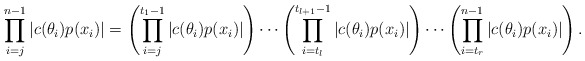
\begin{align*}\prod \limits_{i=j}^{n-1} |c(\theta_i)p(x_i)| = \left( \prod \limits_{i=j}^{t_1 - 1} |c(\theta_i)p(x_i)| \right) \cdots\left( \prod \limits_{i=t_l}^{t_{l+1} - 1} |c(\theta_i)p(x_i)| \right) \cdots \left( \prod \limits_{i=t_r}^{n - 1} |c(\theta_i)p(x_i)| \right).\end{align*}